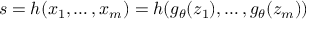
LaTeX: s = h ( x _ { 1 } , \ldots , x _ { m } ) = h ( g _ { \boldsymbol { \theta } } ( z _ { 1 } ) , \ldots , g _ { \boldsymbol { \theta } } ( z _ { m } ) )